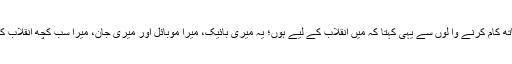
وہ ہمیشہ اپنے ساتھ کام کرنے وا لوں سے یہی کہتا کہ میں انقلاب کے لیے ہوں؛ یہ میری بائیک، میرا موبائل اور میری جان، میرا سب کچھ انقلاب کے لیے وقف ہے۔